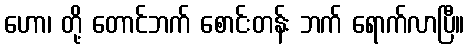
ဟော၊ တို့ တောင်ဘက် စောင်းတန်း ဘက် ရောက်လာပြီ။